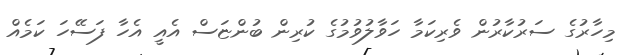
މިހާރުގެ ސަރުކާރުން ވެރިކަމާ ހަވާލުވުމުގެ ކުރިން ބުންޏަސް އެއީ އެހާ ފަސޭހަ ކަމެއް